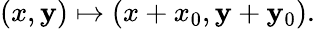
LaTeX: (x,\mathbf{y})\mapsto(x+x_{0},\mathbf{y}+\mathbf{y}_{0}).